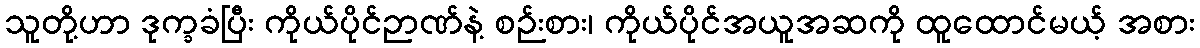
သူတို့ဟာ ဒုက္ခခံပြီး ကိုယ်ပိုင်ဉာဏ်နဲ့ စဉ်းစား၊ ကိုယ်ပိုင်အယူအဆကို ထူထောင်မယ့် အစား